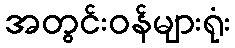
အတွင်းဝန်များရုံး